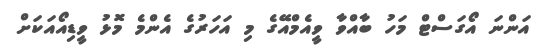
އަންނަ އޯގަސްޓް މަހު ބާއްވާ ވީއެމްއޭގެ މި އަހަރުގެ އެންމެ މޮޅު ވީޑިއޯއަކަށް